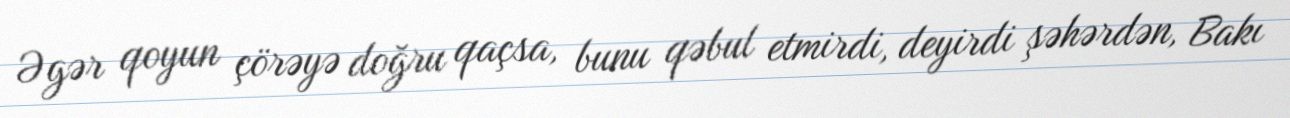
Əgər qoyun çörəyə doğru qaçsa, bunu qəbul etmirdi, deyirdi şəhərdən, Bakı